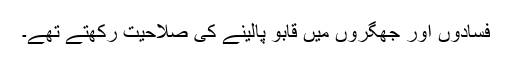
فسادوں اور جھگروں میں قابو پالینے کی صلاحیت رکھتے تھے۔